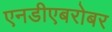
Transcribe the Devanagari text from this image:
एनडीएबरोबर